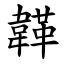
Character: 韚